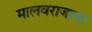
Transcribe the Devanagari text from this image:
मालवराजाचा